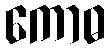
ကောဓ